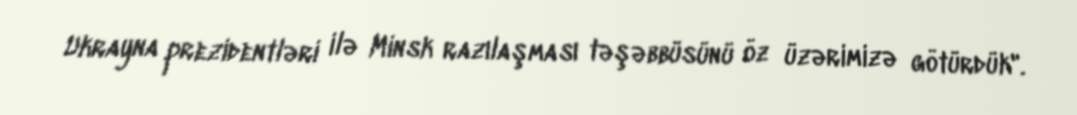
Ukrayna prezidentləri ilə Minsk razılaşması təşəbbüsünü öz üzərimizə götürdük".